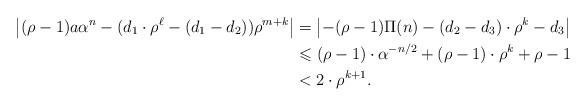
LaTeX: \begin{align*}\left |(\rho-1)a\alpha^n-(d_1\cdot \rho^\ell-(d_1-d_2))\rho^{m+k} \right|&=\left| -(\rho-1)\Pi(n)-(d_2-d_3)\cdot \rho^k-d_3 \right|\\&\leqslant (\rho-1)\cdot \alpha^{-n/2}+(\rho-1)\cdot \rho^k+\rho-1\\&< 2\cdot \rho^{k+1}.\end{align*}